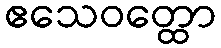
ဧသေဝတ္ထော